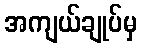
အကျယ်ချုပ်မှ